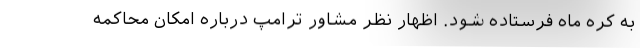
به کره ماه فرستاده شود. اظهار نظر مشاور ترامپ درباره امکان محاکمه